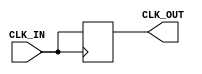
module clock_buffer (
    input wire CLK_IN,     // Input clock signal
    output wire CLK_OUT    // Buffered output clock signal
);

// Internal signal for the buffered clock
reg CLK_OUT_reg;

// Always block to create the buffered clock signal
always @(posedge CLK_IN) begin
    CLK_OUT_reg <= CLK_IN; // Buffer the input clock signal
end

// Assign the buffered clock signal to the output
assign CLK_OUT = CLK_OUT_reg;

endmodule